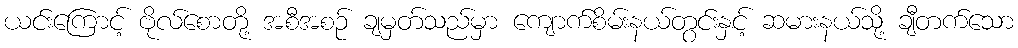
ယင်းကြောင့် ဗိုလ်စောတို့ အစီအစဉ် ချမှတ်သည်မှာ ကျောက်စိမ်းနယ်တွင်းနှင့် ဆမားနယ်သို့ ချီတက်သော